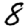
Digit: 8